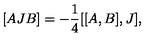
[ A J B ] = - \frac { 1 } { 4 } [ [ A , B ] , J ] ,